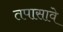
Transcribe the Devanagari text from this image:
तपासावे